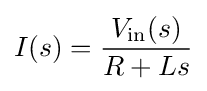
I(s)={\frac {V_{\mathrm {in} }(s)}{R+Ls}}